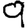
Digit: 9